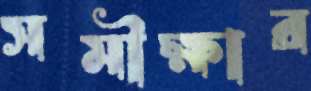
সমীক্ষার